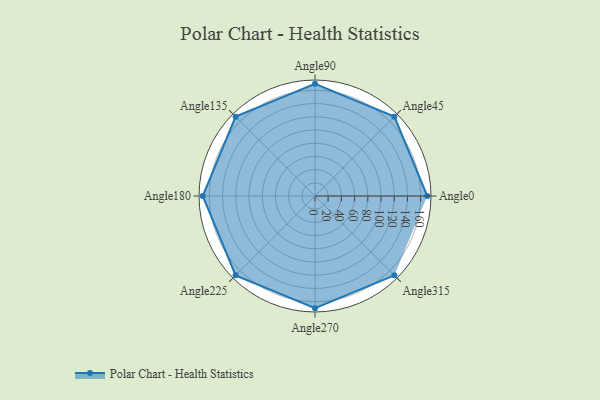
{"axis": {"x": "Angle", "y": "Radius"}, "legend": [""], "data": [{"x": "Angle0", "y": 170, "type": ""}, {"x": "Angle45", "y": 170, "type": ""}, {"x": "Angle90", "y": 170, "type": ""}, {"x": "Angle135", "y": 170, "type": ""}, {"x": "Angle180", "y": 170, "type": ""}, {"x": "Angle225", "y": 170, "type": ""}, {"x": "Angle270", "y": 170, "type": ""}, {"x": "Angle315", "y": 170, "type": ""}]}